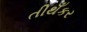
તીથઁકર